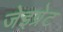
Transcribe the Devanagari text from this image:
जेइग्रेट